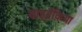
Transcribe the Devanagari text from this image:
डाइब्रैंकिया